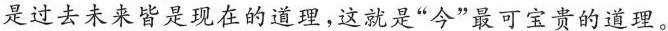
是过去未来皆是现在的道理，这就是”今”最可宝贵的道理。